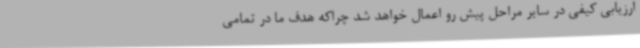
ارزیابی کیفی در سایر مراحل پیش رو اعمال خواهد شد چراکه هدف ما در تمامی